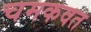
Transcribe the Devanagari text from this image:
चमकवत